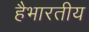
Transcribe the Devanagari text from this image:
हैभारतीय